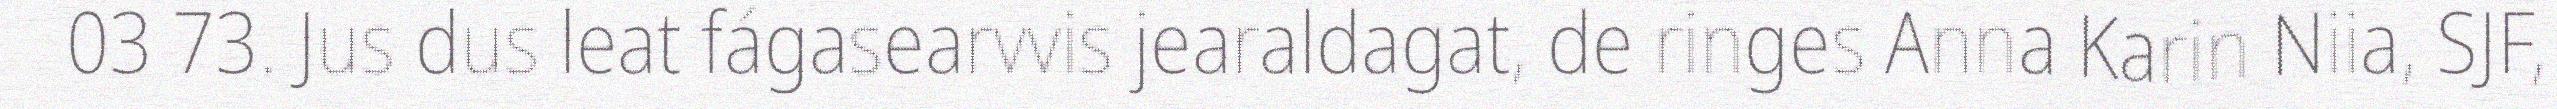
03 73. Jus dus leat fágasearvvis jearaldagat, de ringes Anna Karin Niia, SJF,